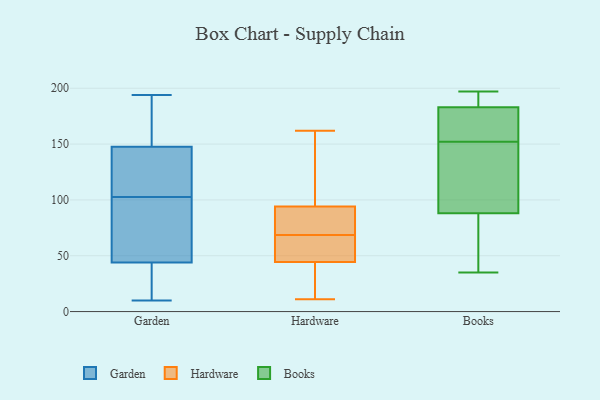
{"axis": {"x": "LTV (USD)", "y": "Value"}, "legend": ["Books", "Garden", "Hardware"], "data": [{"x": "", "y": 104, "type": "Garden"}, {"x": "", "y": 172, "type": "Garden"}, {"x": "", "y": 194, "type": "Garden"}, {"x": "", "y": 151, "type": "Garden"}, {"x": "", "y": 71, "type": "Garden"}, {"x": "", "y": 10, "type": "Garden"}, {"x": "", "y": 181, "type": "Garden"}, {"x": "", "y": 115, "type": "Garden"}, {"x": "", "y": 105, "type": "Garden"}, {"x": "", "y": 89, "type": "Garden"}, {"x": "", "y": 13, "type": "Garden"}, {"x": "", "y": 110, "type": "Garden"}, {"x": "", "y": 10, "type": "Garden"}, {"x": "", "y": 147, "type": "Garden"}, {"x": "", "y": 59, "type": "Garden"}, {"x": "", "y": 14, "type": "Garden"}, {"x": "", "y": 101, "type": "Garden"}, {"x": "", "y": 148, "type": "Garden"}, {"x": "", "y": 93, "type": "Garden"}, {"x": "", "y": 29, "type": "Garden"}, {"x": "", "y": 57, "type": "Hardware"}, {"x": "", "y": 13, "type": "Hardware"}, {"x": "", "y": 78, "type": "Hardware"}, {"x": "", "y": 45, "type": "Hardware"}, {"x": "", "y": 44, "type": "Hardware"}, {"x": "", "y": 79, "type": "Hardware"}, {"x": "", "y": 11, "type": "Hardware"}, {"x": "", "y": 65, "type": "Hardware"}, {"x": "", "y": 149, "type": "Hardware"}, {"x": "", "y": 41, "type": "Hardware"}, {"x": "", "y": 60, "type": "Hardware"}, {"x": "", "y": 77, "type": "Hardware"}, {"x": "", "y": 162, "type": "Hardware"}, {"x": "", "y": 109, "type": "Hardware"}, {"x": "", "y": 72, "type": "Hardware"}, {"x": "", "y": 132, "type": "Hardware"}, {"x": "", "y": 183, "type": "Books"}, {"x": "", "y": 129, "type": "Books"}, {"x": "", "y": 197, "type": "Books"}, {"x": "", "y": 35, "type": "Books"}, {"x": "", "y": 185, "type": "Books"}, {"x": "", "y": 172, "type": "Books"}, {"x": "", "y": 158, "type": "Books"}, {"x": "", "y": 54, "type": "Books"}, {"x": "", "y": 146, "type": "Books"}, {"x": "", "y": 88, "type": "Books"}]}